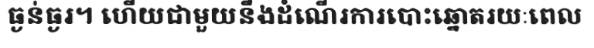
ធ្ងន់ធ្ងរ។ ហើយជាមួយនឹងដំណើរការបោះឆ្នោតរយៈពេល